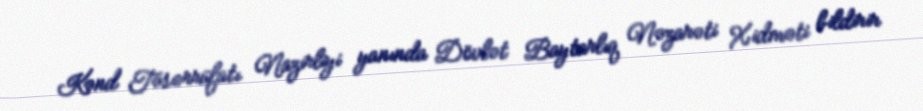
Kənd Təsərrüfatı Nazirliyi yanında Dövlət Baytarlıq Nəzarəti Xidməti bildirir